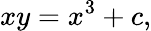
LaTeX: xy=x^{3}+c,